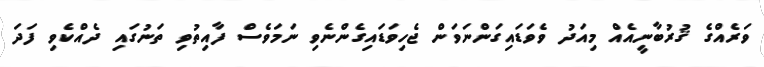
ވަރެއްގެ ޤުރުބާނީއެއް މިއަދު ވެވަޑައިގަންނަވަން ޖެހިވަޑައިގެންނެވި ނަމަވެސް ފާއިތުވި ތަނުގައި ދެއްކެވި ފަދަ